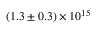
( 1 . 3 \pm 0 . 3 ) \times 1 0 ^ { 1 5 }